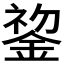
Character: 𬫧